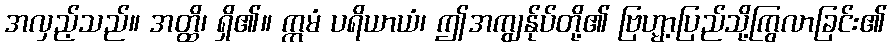
အလှည့်သည်။ အတ္ထိ၊ ရှိ၏။ ဣမံ ပရိယာယံ၊ ဤအကျွန်ုပ်တို့၏ ဗြဟ္မာ့ပြည်သို့ကြွလာခြင်း၏